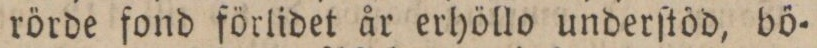
rörde fond förlidet år erhöllo underſtöd, bö=